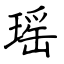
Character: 瑶